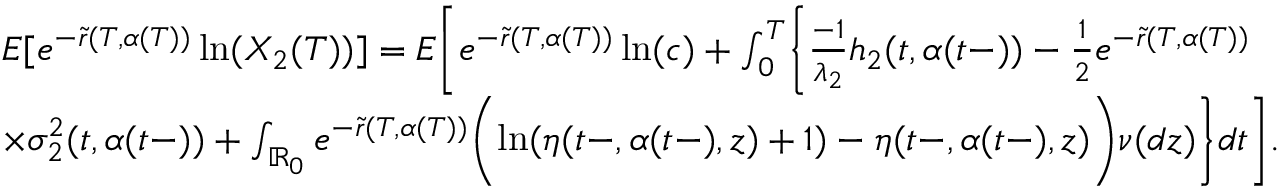
\begin{array} { r l } & { E [ e ^ { - \tilde { r } ( T , \alpha ( T ) ) } \ln ( X _ { 2 } ( T ) ) ] = E \biggl [ e ^ { - \tilde { r } ( T , \alpha ( T ) ) } \ln ( c ) + \int _ { 0 } ^ { T } \biggl \{ \frac { - 1 } { \lambda _ { 2 } } h _ { 2 } ( t , \alpha ( t - ) ) - \frac { 1 } { 2 } e ^ { - \tilde { r } ( T , \alpha ( T ) ) } } \\ & { \times \sigma _ { 2 } ^ { 2 } ( t , \alpha ( t - ) ) + \int _ { \mathbb { R } _ { 0 } } e ^ { - \tilde { r } ( T , \alpha ( T ) ) } \biggl ( \ln ( \eta ( t - , \alpha ( t - ) , z ) + 1 ) - \eta ( t - , \alpha ( t - ) , z ) \biggr ) \nu ( d z ) \biggr \} d t \biggr ] . } \end{array}